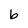
Character: b